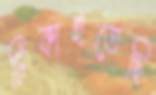
টিকাইতেছি